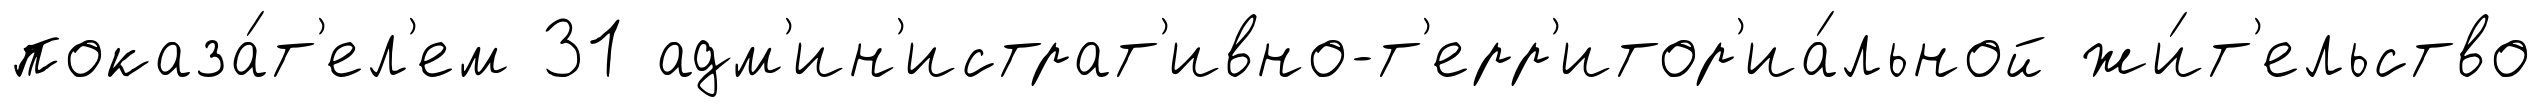
показа́т'ел'ем 31 адм'ин'истрат'ивно-т'ерр'итор'иа́льной жи́т'ельство